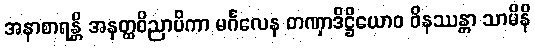
အနာစာရန္တိ အနတ္ထဝိညာပိကာ မင်္ဂလေန တဏှာဒိဋ္ဌိယောဝ ဝိနဿန္တာ သာမိနိ